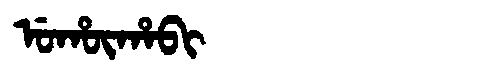
Manchu: ᡠᡥᡡᡥᠠᠪᡳ
Romanization: UHŪHABI